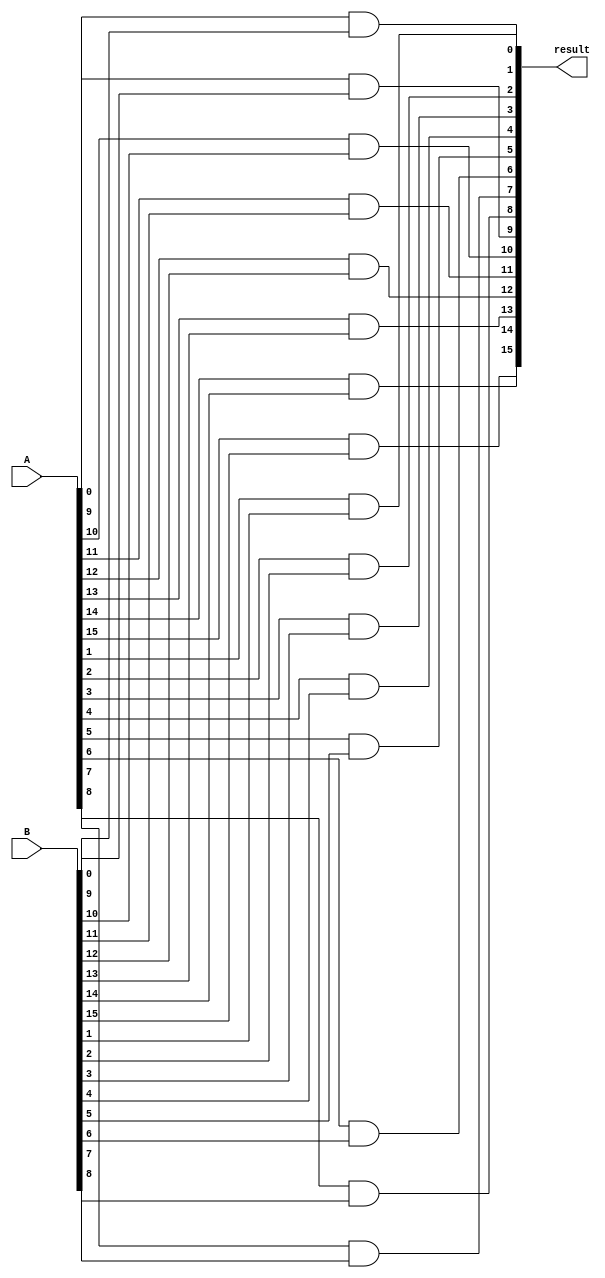
module and_16bits (input [15:0] A, input [15:0] B, output [15:0] result);

	// generation variable to prevent repetition
	genvar i;
	// for loop for and1
	generate 
		for (i=0; i<=15; i = i+1) begin: myandgate
			and (result[i], A[i], B[i]);
		end
	endgenerate

endmodule